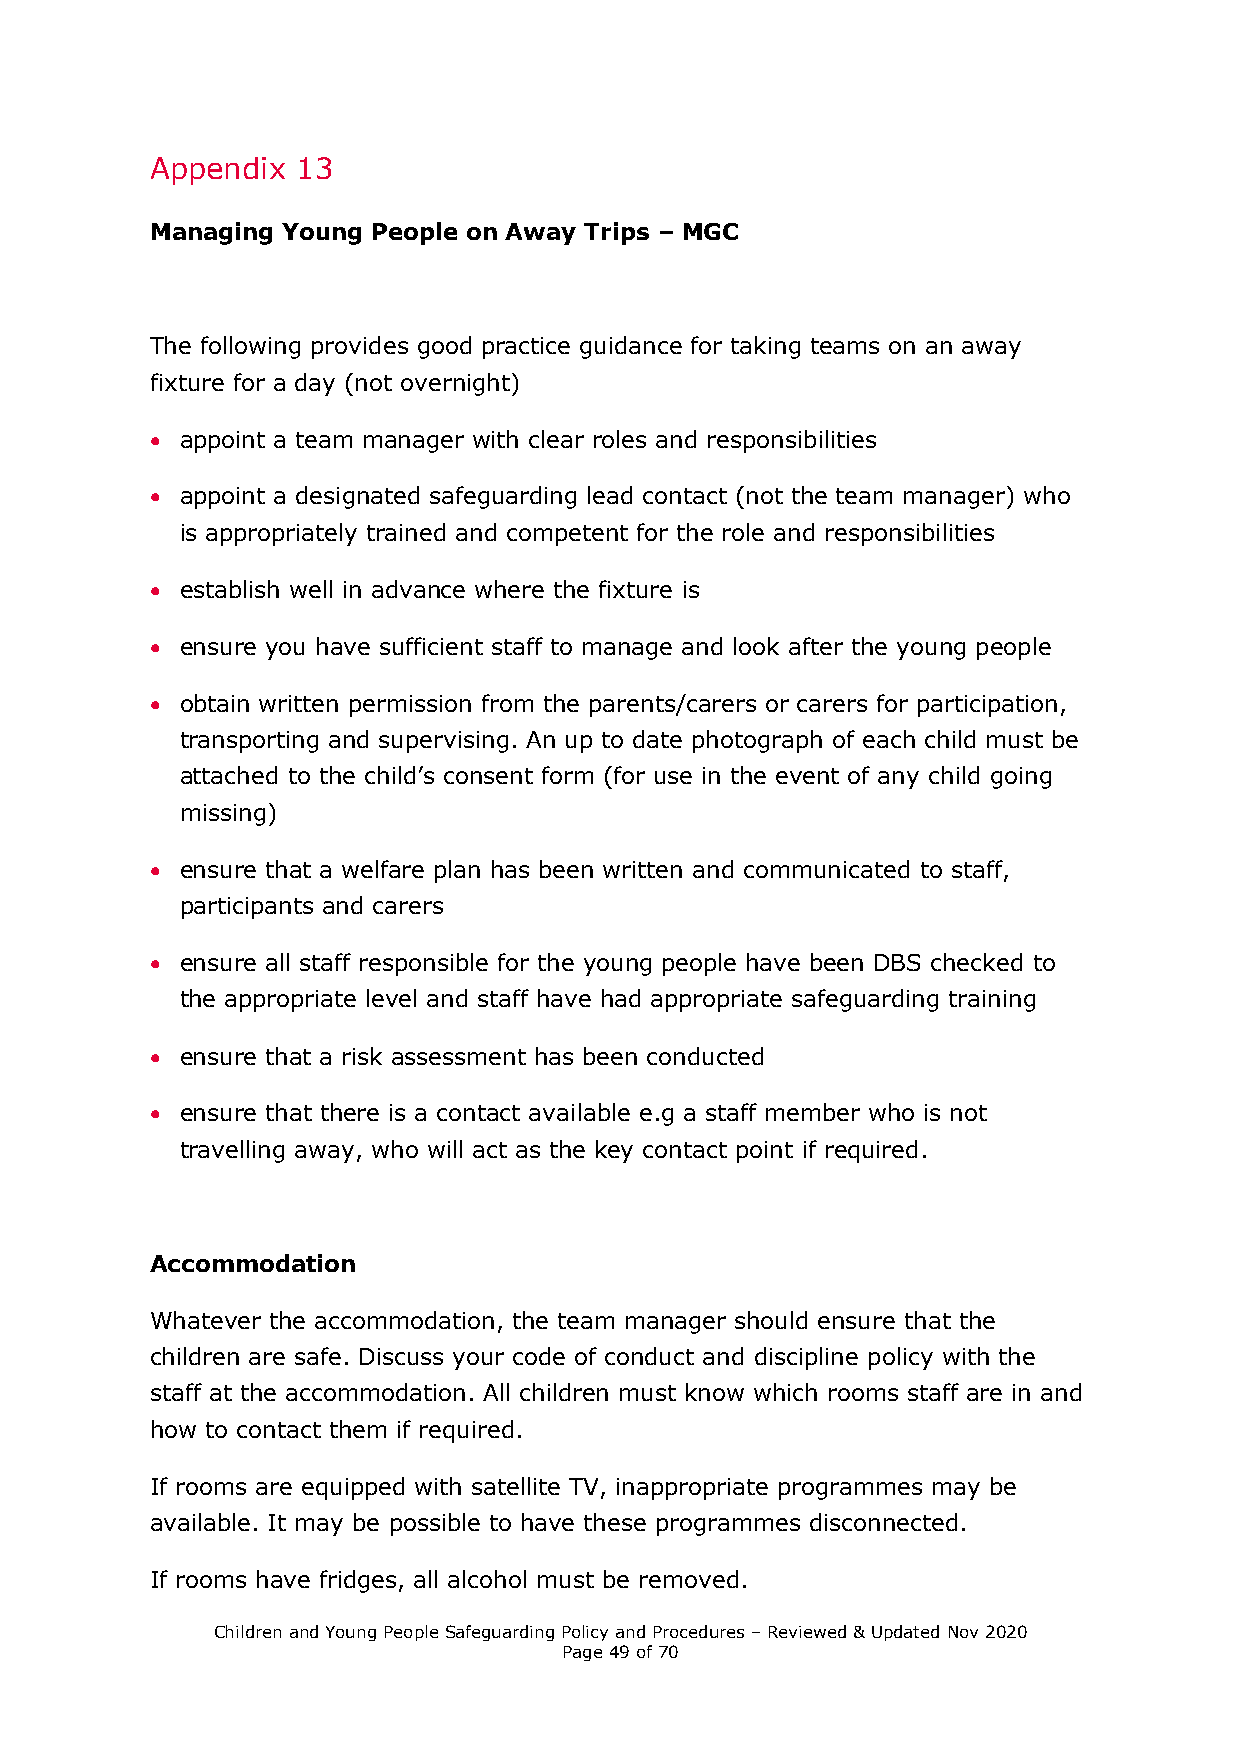
Appendix  13
 Managing Young People on Away Trips – MGC
 The following provides good practice guidance for taking teams on an away
 fixture for a day (not overnight)
  appoint a team manager with clear roles and responsibilities
  appoint a designated safeguarding lead contact (not the team manager) who
 is appropriately trained and competent for the role and responsibilities
  establish well in advance where the fixture is
  ensure you have sufficient staff to manage and look after the young people
  obtain written permission from the parents/carers or carers for participation,
 transporting and supervising. An up to date photograph of each child must be
 attached to the child’s consent form (for use in the event of any child going
 missing)
  ensure that a welfare plan has been written and communicated to staff,
 participants and carers
  ensure all staff responsible for the young people have been DBS checked to
 the appropriate level and staff have had appropriate safeguarding training
  ensure that a risk assessment has been conducted
  ensure that there is a contact available e.g a staff member who is not
 travelling away, who will act as the key contact point if required.
 Accommodation
 Whatever the accommodation, the team manager should ensure that the
 children are safe. Discuss your code of conduct and discipline policy with the
 staff at the accommodation. All children must know which rooms staff are in and
 how to contact them if required.
 If rooms are equipped with satellite TV, inappropriate programmes may be
 available. It may be possible to have these programmes disconnected.
 If rooms have fridges, all alcohol must be removed.
 Children and Young People Safeguarding Policy and Procedures – Reviewed & Updated Nov 2020
 Page 49 of 70